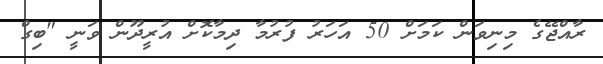
ރާއްޖޭގެ މިނިވަން ކަމަށް 50 އަހަރު ފުރުމާ ދިމާކޮށް އުރީދޫން ވަނީ "ބިގް